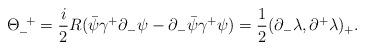
LaTeX: \begin{align*}{\Theta}_-^{\;\;+}=\frac{i}{2}R(\bar{\psi}{\gamma}^+{\partial}_-{\psi}-{\partial}_-\bar{\psi}{\gamma}^+{\psi}) =\frac{1}{2}({\partial}_-{\lambda},{\partial}^+{\lambda})_+. \end{align*}